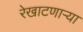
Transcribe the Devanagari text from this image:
रेखाटणाऱ्या